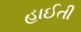
હાઈતી